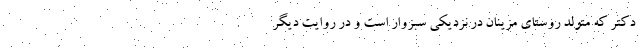
دکتر که متولد روستای مزینان در نزدیکی سبزوار است و در روایت دیگر